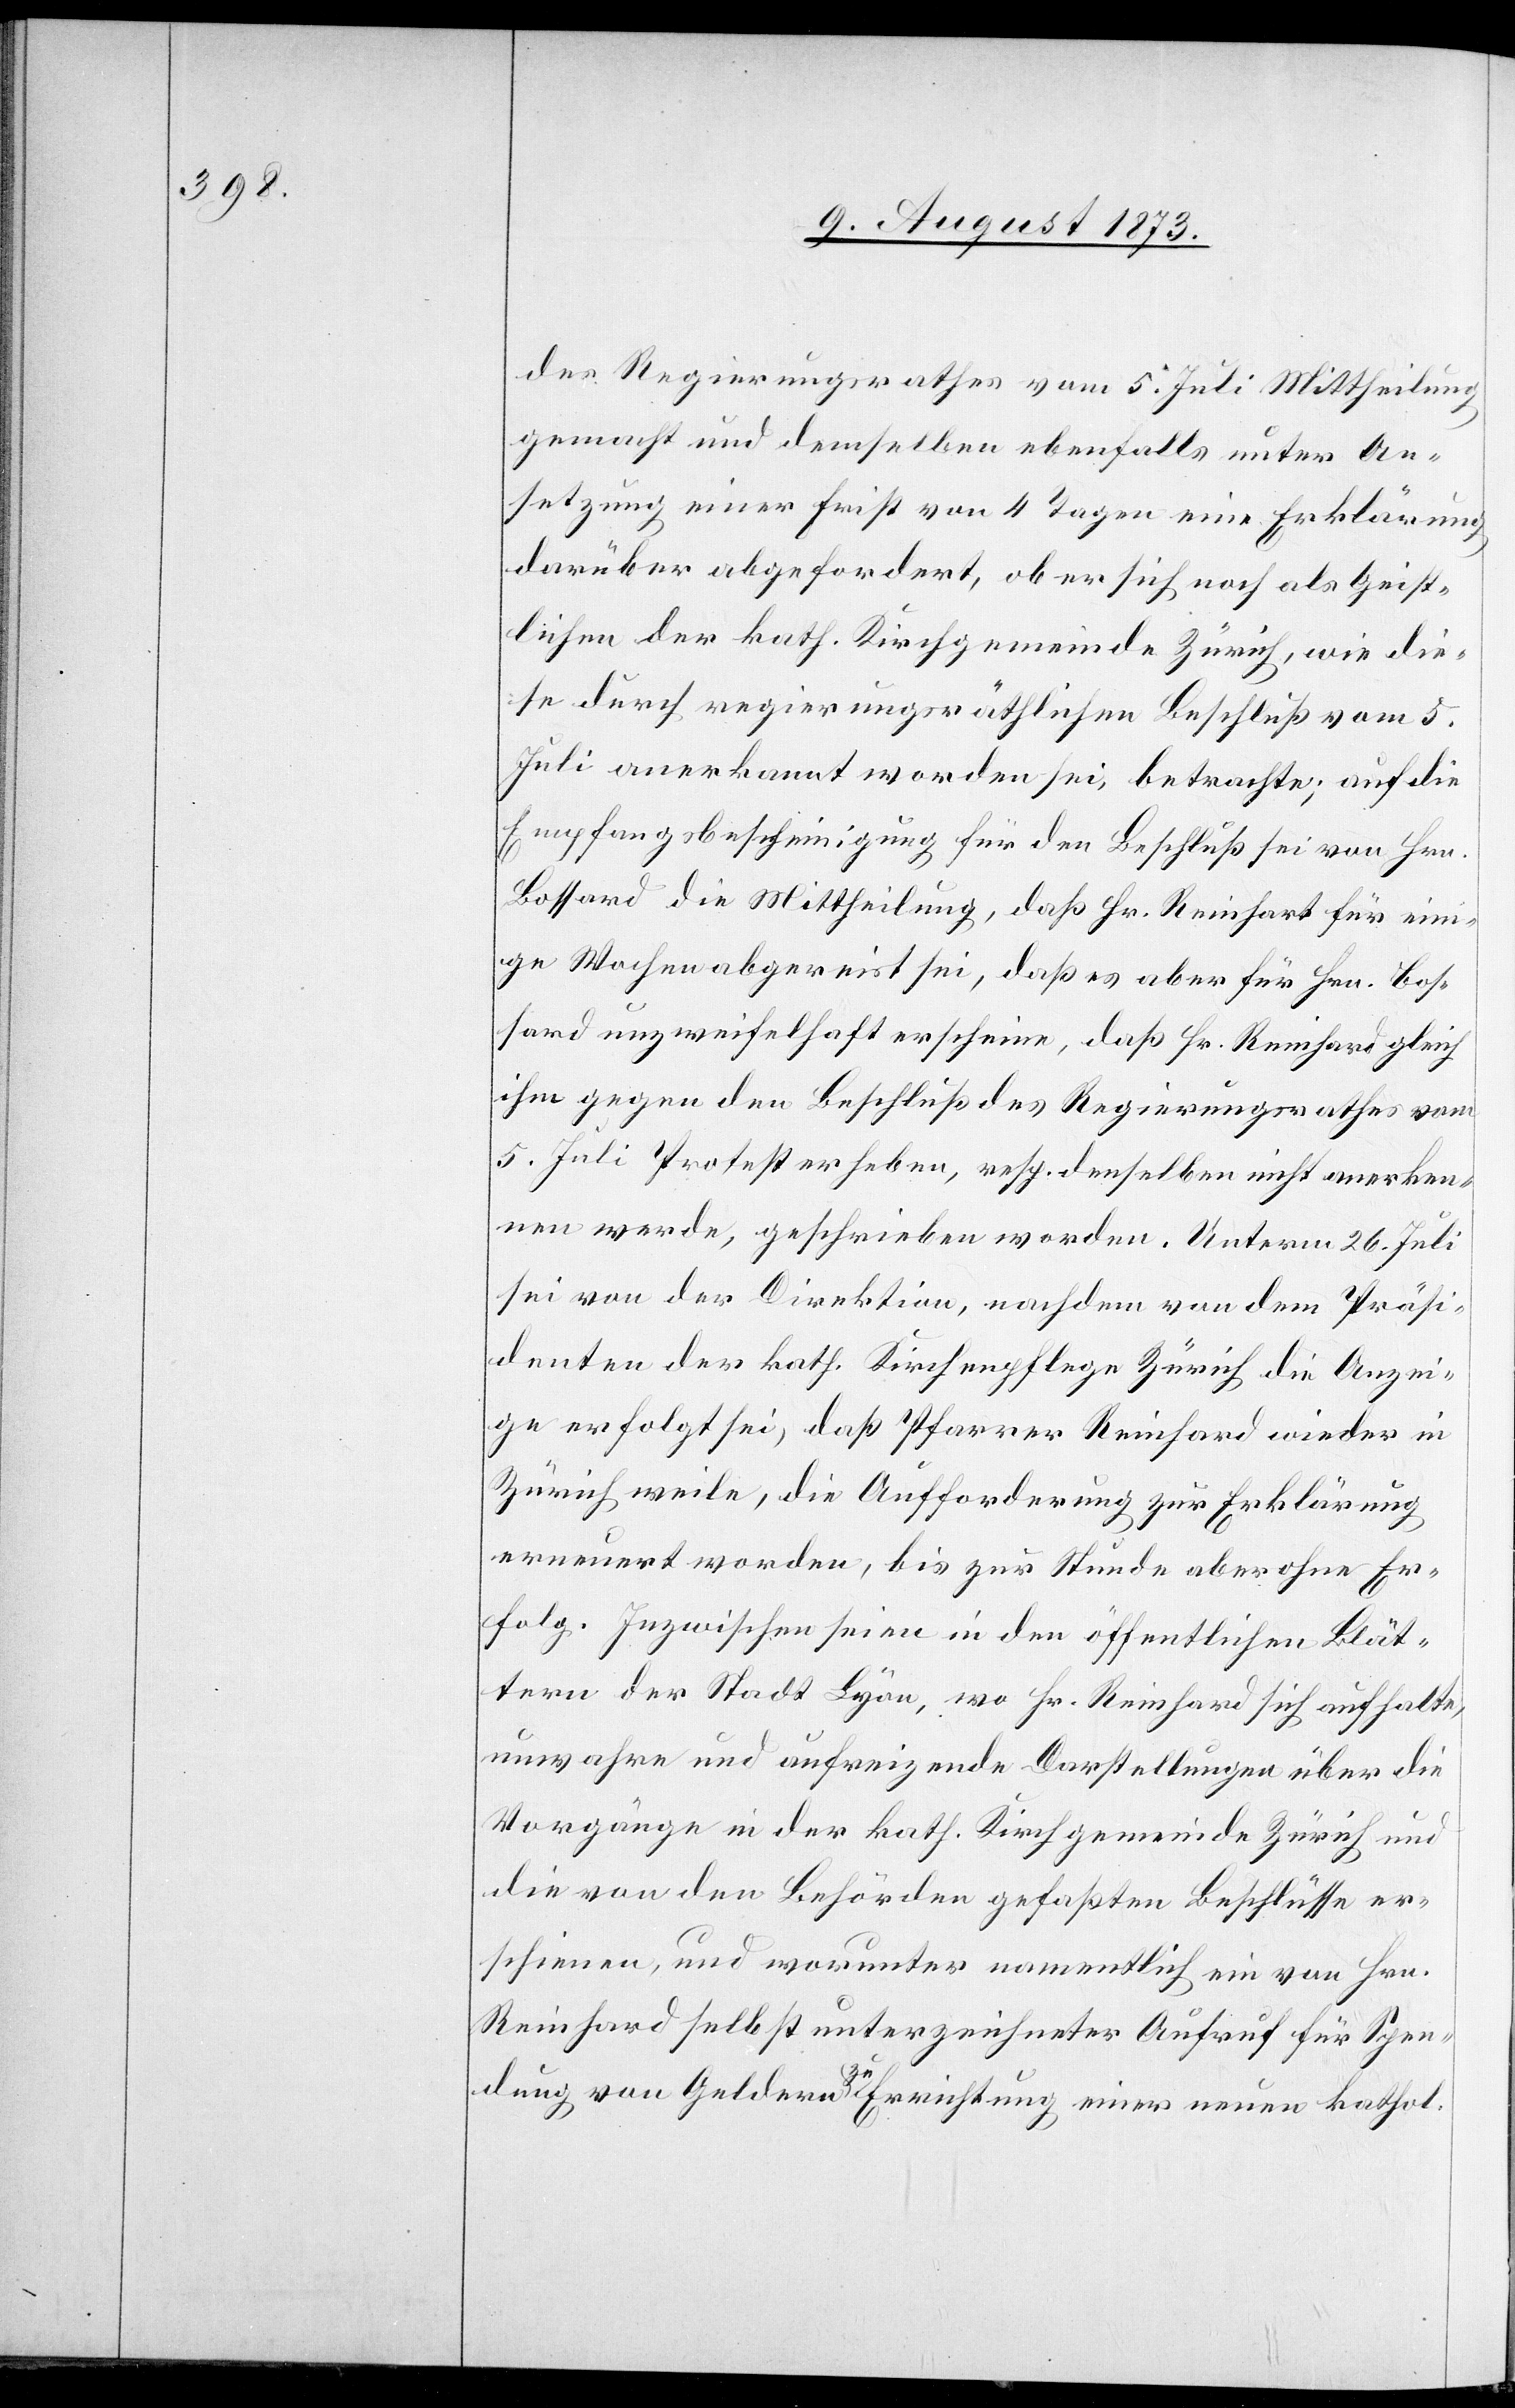
des Regierungsrathes vom 5. Juli Mittheilung
gemacht und demselben ebenfalls unter An¬
setzung einer Frist von 4 Tagen eine Erklärung
darüber abgefordert, ob er sich noch als Geist¬
lichen der kath. Kirchgemeinde Zürich, wie die¬
se durch regierungsräthlichen Beschluß vom 5.
Juli anerkannt worden sei, betrachte; auf die
Empfangsbescheinigung für den Beschluß sei von Hrn.
Bossard die Mittheilung, daß Hr. Reinhart [sic!] für ein¬
ige Wochen abgereist sei, daß es aber für Hrn. Bos¬
sard unzweifelhaft erscheine, daß Hr. Reinhard gleich
ihm gegen den Beschluß des Regierungsrathes vom
5. Juli Protest erheben, resp. denselben nicht anerken¬
nen werde, geschrieben worden. Unterm 26. Juli
sei von der Direktion, nachdem von dem Präsi¬
denten der kath. Kirchenpflege Zürich die Anzei¬
ge erfolgt sei, daß Pfarrer Reinhard wieder in
Zürich weile, die Aufforderung zur Erklärung
erneuert worden, bis zur Stunde aber ohne Er¬
folg. Inzwischen seien in den öffentlichen Blät¬
tern der Stadt Lyon, wo Hr. Reinhard sich aufhalte,
unwahre und aufreizende Darstellungen über die
Vorgänge in der kath. Kirchgemeinde Zürich und
die von den Behörden gefaßten Beschlüsse er¬
schienen, und worunter namentlich ein von Hrn.
Reinhard selbst unterzeichneter Aufruf für Spen¬
dung von Geldern zu Errichtung einer neuen kathol.